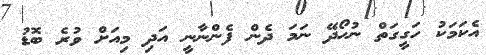
އެކަމަކު ހަގީގަތް ނުހޯދޭ ނަމަ ދެން ފެންނާނީ އަދި މިއަށް ވުރެ ބޮޑު